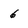
Character: 6